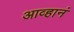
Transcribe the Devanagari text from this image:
आव्हानं